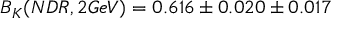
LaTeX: B _ { K } ( N D R , 2 G e V ) = 0 . 6 1 6 \pm 0 . 0 2 0 \pm 0 . 0 1 7